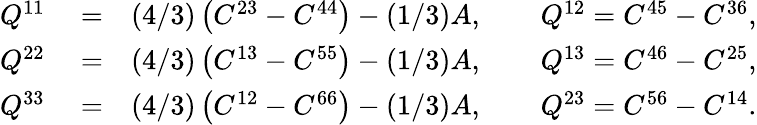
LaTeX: \begin{array}{rlr}{Q^{11}}&{{}=}&{(4/3)\left(C^{23}-C^{44}\right)-(1/3)A,\qquad Q^{12}=C^{45}-C^{36},}\\ {Q^{22}}&{{}=}&{(4/3)\left(C^{13}-C^{55}\right)-(1/3)A,\qquad Q^{13}=C^{46}-C^{25},}\\ {Q^{33}}&{{}=}&{(4/3)\left(C^{12}-C^{66}\right)-(1/3)A,\qquad Q^{23}=C^{56}-C^{14}.}\end{array}